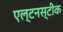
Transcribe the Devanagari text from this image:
एल्टनस्टीक